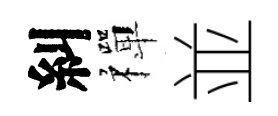
糾禪並